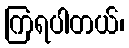
ကြရပါတယ်၊